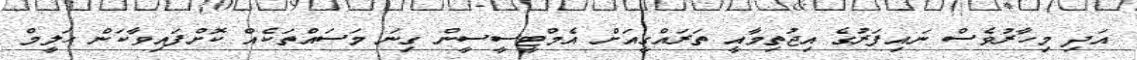
އަދި މިހާރުވެސް ނައިފަރުގެ އިޖުތިމާއީ ތަރައްގީއަށް އެމްޓީސީސީން ގިނަ މަސައްތަކެއް ކޮށްފައިވާކަން ހަލީމް